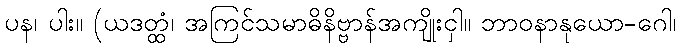
ပန၊ ပါး။ (ယဒတ္ထံ၊ အကြင်သမာဓိနိဗ္ဗာန်အကျိုးငှါ။ ဘာဝနာနုယော-ဂေါ၊